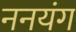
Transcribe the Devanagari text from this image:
ननयंग